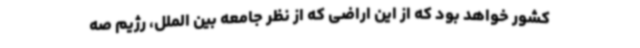
کشور خواهد بود که از این اراضی که از نظر جامعه بین الملل، رژیم صه